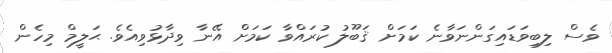
ވެސް ލިބިވަޑައިގަންނަވާނެ ކަމަށް ޤަބޫލު ކުރައްވާ ކަމަށް އޭނާ ވިދާޅުވިއެވެ. ޙަލީމް މިހެން